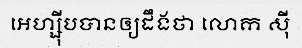
អេហ្ស៊ីបបានឲ្យដឹងថា លោក ស៊ី